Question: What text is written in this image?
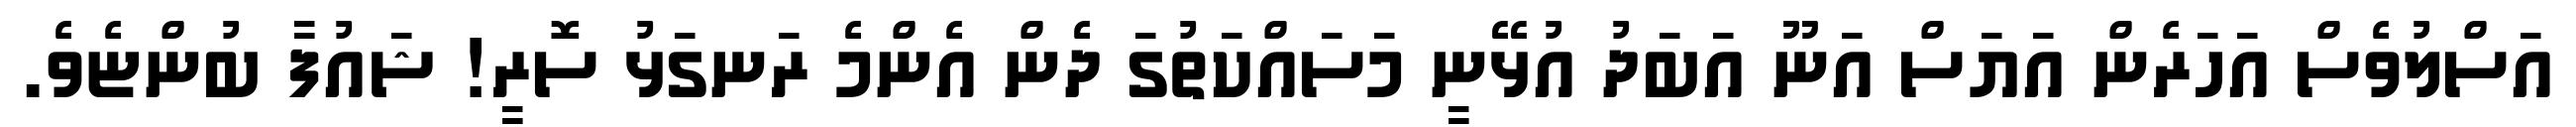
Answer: އަސްލުވެސް އަހަރެން އަޔަސް އަނޫ އަބަދު އުޅޭނީ މަސައްކަތުގަ ދެން އެންމެ ރަނގަޅު ސޮރީ! ޝައުފާ ބުންޏެވެ.